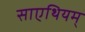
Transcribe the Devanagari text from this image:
साएथियम्‌